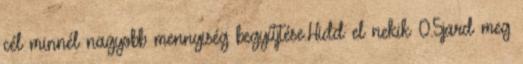
cél minnél nagyobb mennyiség begyűjtése.Hidd el nekik 0.5jard meg